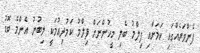
ފެންވަރެއްގައި ކަމަށާއި ފިލްމު ބެލި މީހުންނަށް ފިލްމު ކަމުދިއުމަކީ ލިބުނު އެންމެ ބޮޑު